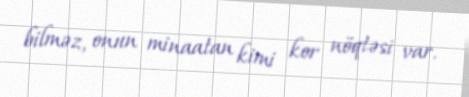
bilməz, onun minaatan kimi kor nöqtəsi var.